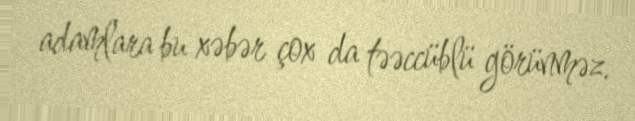
adamlara bu xəbər çox da təəccüblü görünməz.